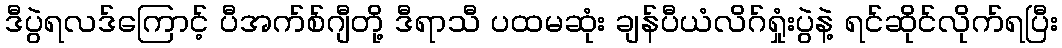
ဒီပွဲရလဒ်ကြောင့် ပီအက်စ်ဂျီတို့ ဒီရာသီ ပထမဆုံး ချန်ပီယံလိဂ်ရှုံးပွဲနဲ့ ရင်ဆိုင်လိုက်ရပြီး